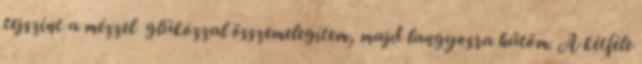
tejszínt a mézzel glükózzal összemelegítem, majd langyosra hűtöm. A kétféle